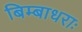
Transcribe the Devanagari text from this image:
बिम्बाधराः